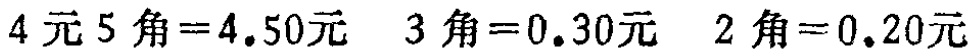
$4\text{元}5\text{角}=4.50\text{元} \quad 3\text{角}=0.30\text{元} \quad 2\text{角}=0.20\text{元}$